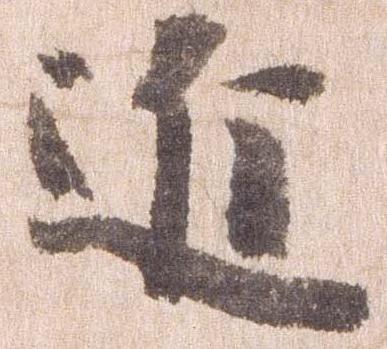
近